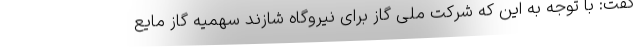
گفت: با توجه به این که شرکت ملی گاز برای نیروگاه شازند سهمیه گاز مایع